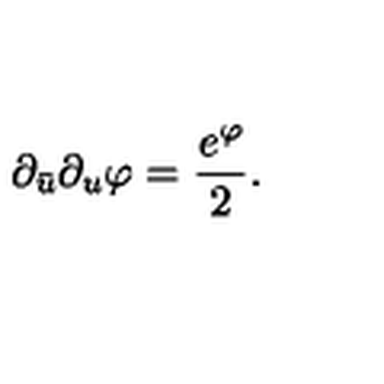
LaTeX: \partial _ { \bar { u } } \partial _ { u } \varphi = { \frac { e ^ { \varphi } } { 2 } } .